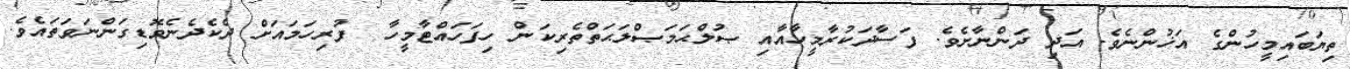
ތިޔަބައިމީހުންގެ އަޚުންނެވެ. އަދި ދަންނާށެވެ. ފަސާދަކުރާމީހާއާއި ޞުލްޙަމަޞްލަޙަތްތެރިކަން ހިފަހައްޓާމީހާ  ފުރިހަމައަށް ދެކެދެނެވޮޑިގަންނަވަތައެވެ.